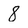
Character: 8